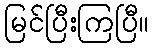
မြင်ပြီးကြပြီ။